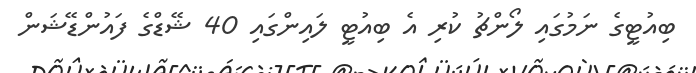
ބިއުޓީގެ ނަމުގައި ލޯންޗު ކުރި އެ ބިއުޓީ ލައިންގައި 40 ޝޭޑްގެ ފައުންޑޭޝަން